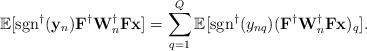
LaTeX: \begin{align*}\mathbb{E}[\mathrm{sgn}^{\dag}(\mathbf{y}_n)\mathbf{F}^{\dag}\mathbf{W}_n^{\dag}\mathbf{F}\mathbf{x}]=\sum_{q=1}^Q\mathbb{E}[\mathrm{sgn}^{\dag}(y_{nq})(\mathbf{F}^{\dag}\mathbf{W}_n^{\dag}\mathbf{F}\mathbf{x})_q].\end{align*}